Physical education and physical well-being, 1936
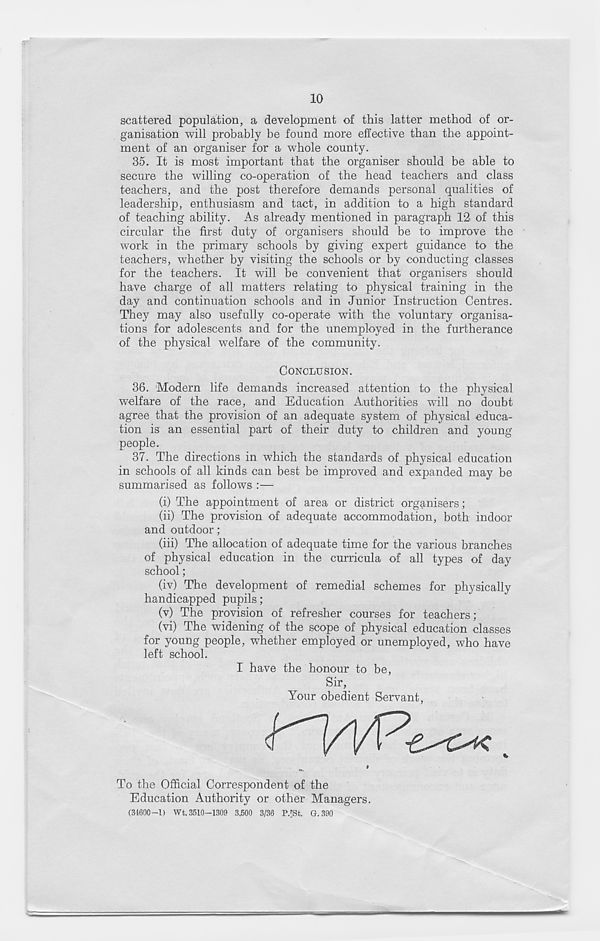
10
scattered population, a development of this latter method of or-
ganisation will probably be found more effective than the appoint-
ment of an organiser for a whole county.
35. It is most important that the organiser should be able to
secure the willing co-operation of the head teachers and class
teachers, and the post therefore demands personal qualities of
leadership, enthusiasm and tact, in addition to a high standard
of teaching ability. As already mentioned in paragraph 12 of this
circular the first duty of organisers should be to improve the
work in the primary schools by giving expert guidance to the
teachers, whether by visiting the schools or by conducting classes
for the teachers. It will be convenient that organisers should
have charge of all matters relating to physical training in the
day and continuation schools and in Junior Instruction Centres.
They may also usefully co-operate with the voluntary organisa-
tions for adolescents and for the unemployed in the furtherance
of the physical welfare of the community.
CONCLUSION.
36. Modern life demands increased attention to the physical
welfare of the race, and Education Authorities will no doubt
agree that the provision of an adequate system of physical educa-
tion is an essential part of their duty to children and young-
people.
37. The directions in which the standards of physical education
in schools of all kinds can best be improved and expanded may be
summarised as follows :—
(i) The appointment of area or district organisers;
(ii) The provision of adequate accommodation, both indoor
and outdoor;
(iii) The allocation of adequate time for the various branches
of physical education in the curricula of all types of day
school;
(iv) The development of remedial schemes for physically
handicapped pupils;
(v) The provision of refresher courses for teachers;
(vi) The widening of the scope of physical education classes
for young people, whether employed or unemployed, who have
left school.
I have the honour to be,
Sir,
Your obedient Servant,
*
To the Official Correspondent of the
Education Authority or other Managers.
(31600-1) Wt. 3510-1309 3,500 3/36 P.JSt. G. 390